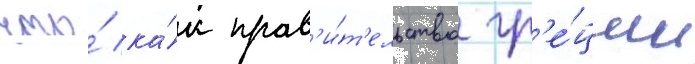
что́ ка́к прав'и́т'ельство гр'е́ции